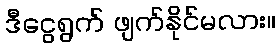
ဒီငွေရွက် ဖျက်နိုင်မလား။